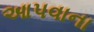
આપવાના